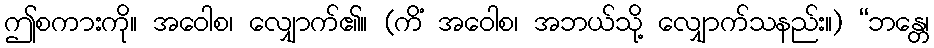
ဤစကားကို။ အဝေါစ၊ လျှောက်၏။ (ကိံ အဝေါစ၊ အဘယ်သို့ လျှောက်သနည်း။) “ဘန္တေ၊